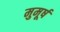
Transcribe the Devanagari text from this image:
मुमूर्ष